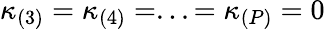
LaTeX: \kappa_{(3)}=\kappa_{(4)}=...=\kappa_{(P)}=0